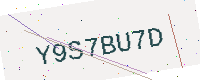
Text: Y9S7BU7D